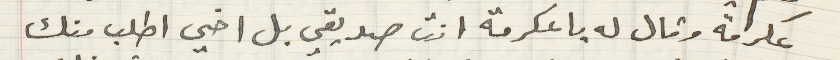
عكرمة وقال له يا عكرمة انت صديقي بل اخي اطلب منك